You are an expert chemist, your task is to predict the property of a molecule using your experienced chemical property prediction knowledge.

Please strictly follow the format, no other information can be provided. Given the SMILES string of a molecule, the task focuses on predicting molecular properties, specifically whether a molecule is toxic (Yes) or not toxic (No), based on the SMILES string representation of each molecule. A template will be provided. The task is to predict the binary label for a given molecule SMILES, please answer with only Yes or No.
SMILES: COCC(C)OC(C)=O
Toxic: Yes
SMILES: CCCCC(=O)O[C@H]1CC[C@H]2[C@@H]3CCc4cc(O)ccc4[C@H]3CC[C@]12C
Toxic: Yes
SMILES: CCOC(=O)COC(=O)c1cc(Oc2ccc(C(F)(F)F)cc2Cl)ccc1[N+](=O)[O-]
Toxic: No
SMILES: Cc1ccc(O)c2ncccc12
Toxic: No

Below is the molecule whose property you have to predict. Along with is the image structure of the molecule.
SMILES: O=C(CCCN1CCC(n2c(=S)[nH]c3ccccc32)CC1)c1ccc(F)cc1
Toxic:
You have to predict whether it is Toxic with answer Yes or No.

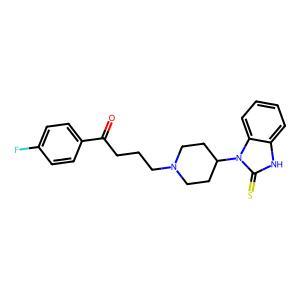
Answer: No